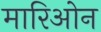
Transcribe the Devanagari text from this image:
मारिओन